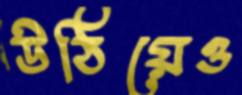
উঠিয়েও